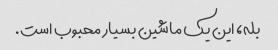
بله، این یک ماشین بسیار محبوب است.